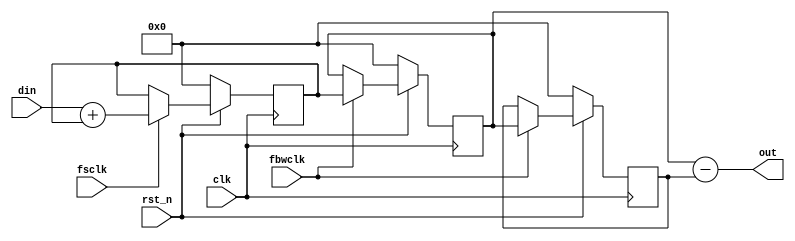

    // module sinc1.v    sinc2 filter
    module sinc1(clk,rst_n,din,fsclk,fbwclk,out);
        input clk;
        input rst_n;
        input din;         // 1 bit data input
        input fsclk;       // enable signal for fast sampling clock
        input fbwclk;      // enable signal for low oversampled clock
        output [15:0] out; // final filter output
     
       // integrator signals
        wire [15:0] c0; 
        reg [15:0] c1; 
        
        reg [15:0] d0; 
        reg [15:0] d1; 
        
        wire [15:0] cx;
        wire [14:0] cx1;
     
        // 2 integrators: add accumulate Din C0,C1,C2,C3
        always @(posedge clk) begin
            if(!rst_n) begin
                c1 <= 16'b0000_0000_0000_0000;
            end else if (fsclk) begin
                c1 <= c0;
            end     
        end
        assign cx1 = 0;
        assign cx = {cx1,din};
        assign c0 = cx + c1;
     
        // 2 differentiators: sub accumulate D0,D1,C2,C3
        always @(posedge clk) begin
            if(!rst_n) begin
                d0 <= 16'b0000_0000_0000_0000;
                d1 <= 16'b0000_0000_0000_0000;
            end else if (fbwclk) begin
                d0 <= c1;
                d1 <= d0;
            end     
        end
        assign out = d0 - d1;
        
    endmodule